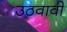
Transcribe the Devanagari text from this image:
उठवावी